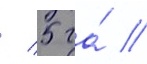
/ 5 га́ //